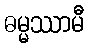
ဓမ္မဿာမီ